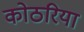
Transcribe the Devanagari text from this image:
कोठरिया